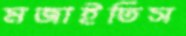
মজাইতিস